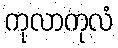
ကုလာကုလံ